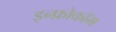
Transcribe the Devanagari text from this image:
इन्फ़ोकॉम